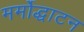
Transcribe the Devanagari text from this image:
मर्मोद्धाटन